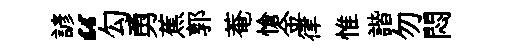
諺“勾勇蕉郭菴愴金律惟諧勿悶